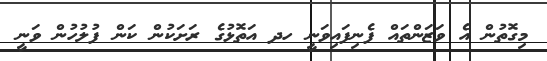
މިގޮތުން އެ ވަޒަންތައް ފެނިފައިވަނީ ހދ އަތޮޅުގެ ރަށަކުން ކަން ފުލުހުން ވަނީ